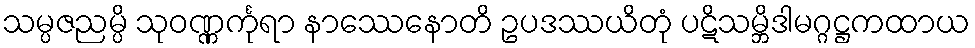
သမ္ပဇညမ္ပိ သုဝဏ္ဏင်္ကုရာ နာဿေနောတိ ဥပဒဿယိတုံ ပဋိသမ္ဘိဒါမဂ္ဂဋ္ဌကထာယ